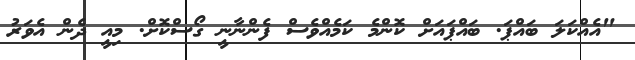
"އެއްކަލަ ބައްޕަ. ބައްޕައަށް ކޮންމެ ކަމެއްވެސް ފެންނާނީ ގޯސްކޮށް. މިއީ ދެން އެވަރު